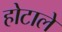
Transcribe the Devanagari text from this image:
होटाले